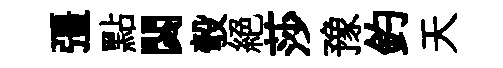
彊點閟彀絕莎豫釣天